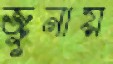
জুনায়